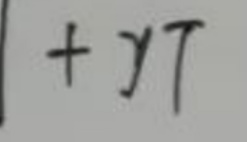
$1 + yT$